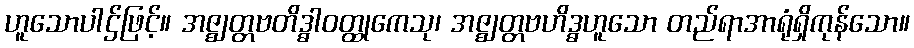
ဟူသောပါဌ်ဖြင့်။ အဇ္ဈတ္တဗတိဒ္ဓါဝတ္ထုကေသု၊ အဇ္ဈတ္တဗဟိဒ္ဓဟူသော တည်ရာအာရုံရှိကုန်သော။